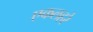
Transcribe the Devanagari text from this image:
एकलहरे